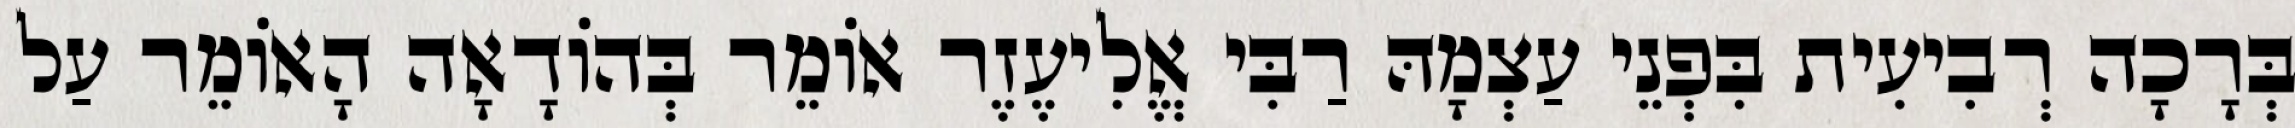
בְּרָכָה רְבִיעִית בִּפְנֵי עַצְמָהּ רַבִּי אֱלִיעֶזֶר אוֹמֵר בְּהוֹדָאָה הָאוֹמֵר עַל